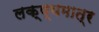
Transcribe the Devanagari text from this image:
लक्ष्यमात्र